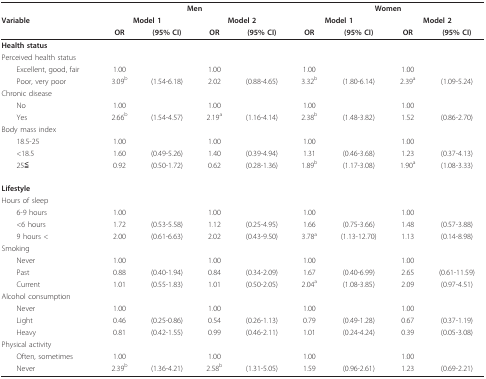
<table><thead><tr><td></td><td colspan="4"><b>Men</b></td><td colspan="4"><b>Women</b></td></tr><tr><td><b>Variable</b></td><td colspan="2"><b>Model 1</b></td><td colspan="2"><b>Model 2</b></td><td colspan="2"><b>Model 1</b></td><td colspan="2"><b>Model 2</b></td></tr><tr><td></td><td><b>OR</b></td><td><b>(95% CI)</b></td><td><b>OR</b></td><td><b>(95% CI)</b></td><td><b>OR</b></td><td><b>(95% CI)</b></td><td><b>OR</b></td><td><b>(95% CI)</b></td></tr></thead><tbody><tr><td><b>Health status</b></td><td></td><td></td><td></td><td></td><td></td><td></td><td></td><td></td></tr><tr><td>Perceived health status</td><td></td><td></td><td></td><td></td><td></td><td></td><td></td><td></td></tr><tr><td> Excellent, good, fair</td><td>1.00</td><td></td><td>1.00</td><td></td><td>1.00</td><td></td><td>1.00</td><td></td></tr><tr><td> Poor, very poor</td><td>3.09<sup>b</sup></td><td>(1.54-6.18)</td><td>2.02</td><td>(0.88-4.65)</td><td>3.32<sup>b</sup></td><td>(1.80-6.14)</td><td>2.39<sup>a</sup></td><td>(1.09-5.24)</td></tr><tr><td>Chronic disease</td><td></td><td></td><td></td><td></td><td></td><td></td><td></td><td></td></tr><tr><td> No</td><td>1.00</td><td></td><td>1.00</td><td></td><td>1.00</td><td></td><td>1.00</td><td></td></tr><tr><td> Yes</td><td>2.66<sup>b</sup></td><td>(1.54-4.57)</td><td>2.19<sup>a</sup></td><td>(1.16-4.14)</td><td>2.38<sup>b</sup></td><td>(1.48-3.82)</td><td>1.52</td><td>(0.86-2.70)</td></tr><tr><td>Body mass index</td><td></td><td></td><td></td><td></td><td></td><td></td><td></td><td></td></tr><tr><td> 18.5-25</td><td>1.00</td><td></td><td>1.00</td><td></td><td>1.00</td><td></td><td>1.00</td><td></td></tr><tr><td> &lt;18.5</td><td>1.60</td><td>(0.49-5.26)</td><td>1.40</td><td>(0.39-4.94)</td><td>1.31</td><td>(0.46-3.68)</td><td>1.23</td><td>(0.37-4.13)</td></tr><tr><td> 25≦</td><td>0.92</td><td>(0.50-1.72)</td><td>0.62</td><td>(0.28-1.36)</td><td>1.89<sup>b</sup></td><td>(1.17-3.08)</td><td>1.90<sup>a</sup></td><td>(1.08-3.33)</td></tr><tr><td><b>Lifestyle</b></td><td></td><td></td><td></td><td></td><td></td><td></td><td></td><td></td></tr><tr><td>Hours of sleep</td><td></td><td></td><td></td><td></td><td></td><td></td><td></td><td></td></tr><tr><td> 6-9 hours</td><td>1.00</td><td></td><td>1.00</td><td></td><td>1.00</td><td></td><td>1.00</td><td></td></tr><tr><td> &lt;6 hours</td><td>1.72</td><td>(0.53-5.58)</td><td>1.12</td><td>(0.25-4.95)</td><td>1.66</td><td>(0.75-3.66)</td><td>1.48</td><td>(0.57-3.88)</td></tr><tr><td> 9 hours &lt;</td><td>2.00</td><td>(0.61-6.63)</td><td>2.02</td><td>(0.43-9.50)</td><td>3.78<sup>a</sup></td><td>(1.13-12.70)</td><td>1.13</td><td>(0.14-8.98)</td></tr><tr><td>Smoking</td><td></td><td></td><td></td><td></td><td></td><td></td><td></td><td></td></tr><tr><td> Never</td><td>1.00</td><td></td><td>1.00</td><td></td><td>1.00</td><td></td><td>1.00</td><td></td></tr><tr><td> Past</td><td>0.88</td><td>(0.40-1.94)</td><td>0.84</td><td>(0.34-2.09)</td><td>1.67</td><td>(0.40-6.99)</td><td>2.65</td><td>(0.61-11.59)</td></tr><tr><td> Current</td><td>1.01</td><td>(0.55-1.83)</td><td>1.01</td><td>(0.50-2.05)</td><td>2.04<sup>a</sup></td><td>(1.08-3.85)</td><td>2.09</td><td>(0.97-4.51)</td></tr><tr><td>Alcohol consumption</td><td></td><td></td><td></td><td></td><td></td><td></td><td></td><td></td></tr><tr><td> Never</td><td>1.00</td><td></td><td>1.00</td><td></td><td>1.00</td><td></td><td>1.00</td><td></td></tr><tr><td> Light</td><td>0.46</td><td>(0.25-0.86)</td><td>0.54</td><td>(0.26-1.13)</td><td>0.79</td><td>(0.49-1.28)</td><td>0.67</td><td>(0.37-1.19)</td></tr><tr><td> Heavy</td><td>0.81</td><td>(0.42-1.55)</td><td>0.99</td><td>(0.46-2.11)</td><td>1.01</td><td>(0.24-4.24)</td><td>0.39</td><td>(0.05-3.08)</td></tr><tr><td>Physical activity</td><td></td><td></td><td></td><td></td><td></td><td></td><td></td><td></td></tr><tr><td> Often, sometimes</td><td>1.00</td><td></td><td>1.00</td><td></td><td>1.00</td><td></td><td>1.00</td><td></td></tr><tr><td> Never</td><td>2.39<sup>b</sup></td><td>(1.36-4.21)</td><td>2.58<sup>b</sup></td><td>(1.31-5.05)</td><td>1.59</td><td>(0.96-2.61)</td><td>1.23</td><td>(0.69-2.21)</td></tr></tbody></table>